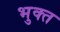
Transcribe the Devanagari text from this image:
भुक्त